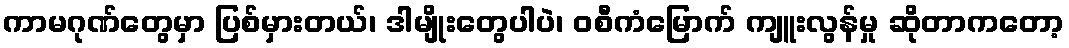
ကာမဂုဏ်တွေမှာ ပြစ်မှားတယ်၊ ဒါမျိုးတွေပါပဲ၊ ဝစီကံမြောက် ကျူးလွန်မှု ဆိုတာကတော့